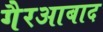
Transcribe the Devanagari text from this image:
गैरआबाद